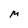
Character: M